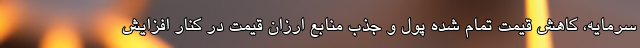
سرمایه، کاهش قیمت تمام شده پول و جذب منابع ارزان قیمت در کنار افزایش